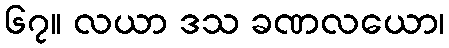
၆၇။ လယာ ဒသ ခဏလယော၊